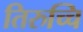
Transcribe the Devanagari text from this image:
तिरुच्चि